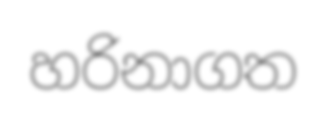
හරිනාගත